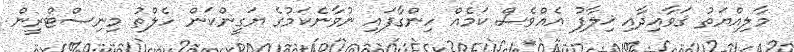
މާލިއްޔަތު ޤަވާއިދާއި ޚިލާފު އެއްވެސް ކަމެއް ހިންގާފައި ނުވާނެކަމުގެ ޔަގީންކަން ހެލްތު މިނިސްޓްރީން